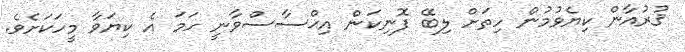
ޤުރުއާން ކިޔެވުމުން ހިތަށް ލިބޭ ފޮނިކަން އިޙްސާސްވާނީ ހަމަ އެ ކިޔަވާ މީހަކަށެވެ.